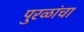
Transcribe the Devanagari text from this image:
पुरळांचा